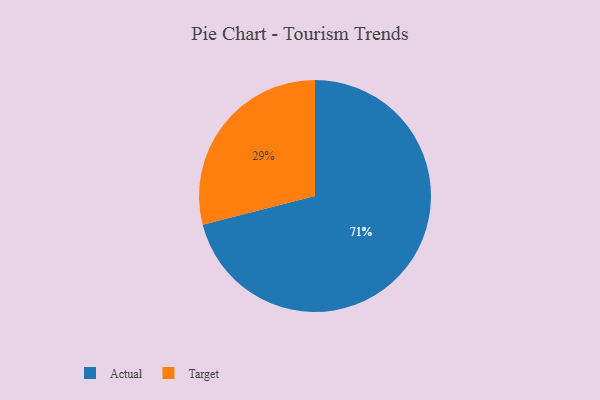
{"axis": {"x": "Category", "y": "Percentage"}, "legend": ["Actual", "Target"], "data": [{"x": "Target", "y": 29, "type": "Target"}, {"x": "Actual", "y": 71, "type": "Actual"}]}